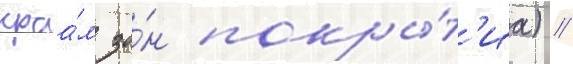
краа́м зо́н покры́т'иа) //